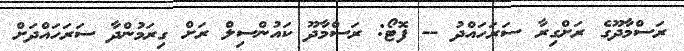
ރަސްމާދޫގެ ރަށްގިރާ ސަރަހައްދު -- ފޮޓޯ: ރަސްމާދޫ ކައުންސިލް ރަށް ގިރަމުންދާ ސަރަހައްދަށް